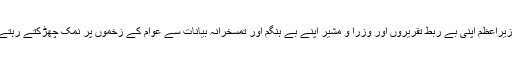
الٹا وزیراعظم اپنی بے ربط تقریروں اور وزرا و مشیر اپنے بے ہنگم اور تمسخرانہ بیانات سے عوام کے زخموں پر نمک چھڑکتے رہتے ہیں۔